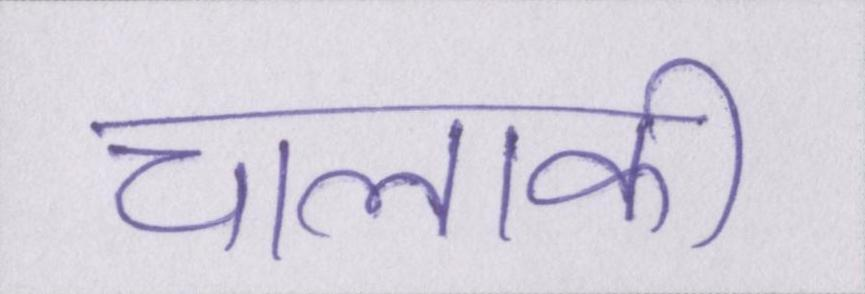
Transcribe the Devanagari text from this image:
चालाकी